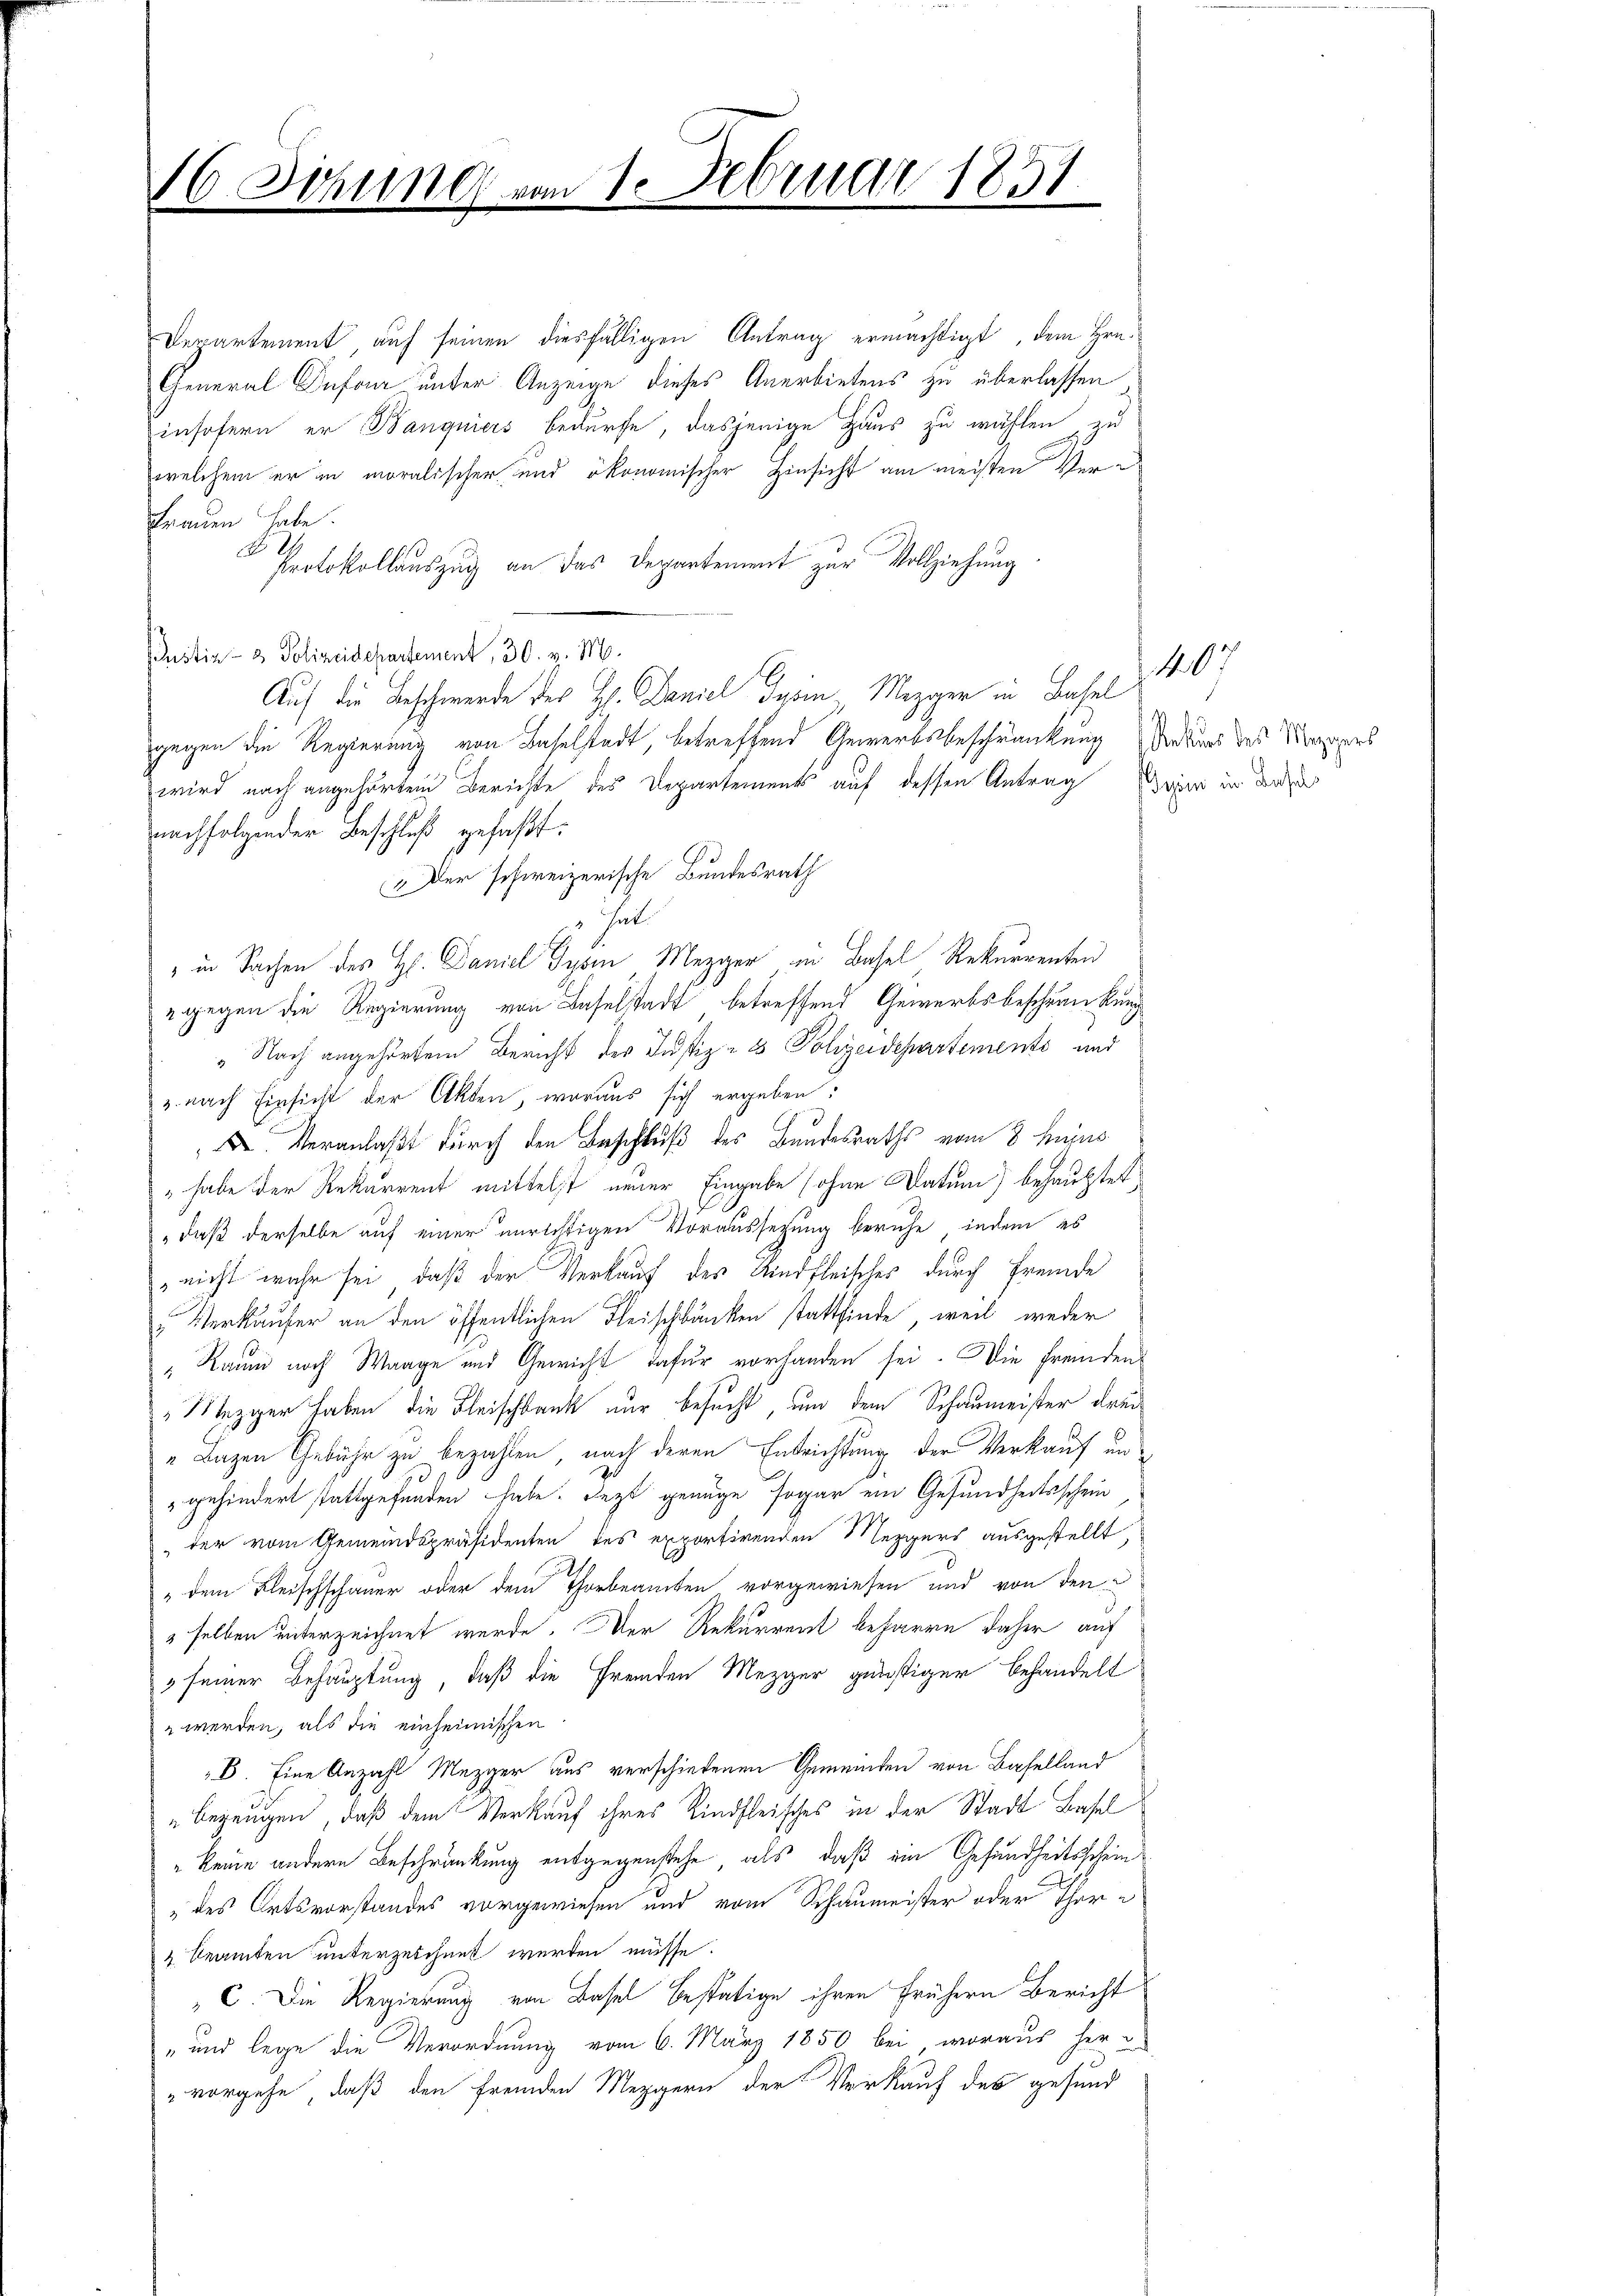
16. Sizung

Derartement, auf seinen diesfälligen Antrag ermächtigt, dem Hrn.
General Defon unter Anzeige dieses Anerbietens zu überlassen
insofern er Banquiers bedürfe, dasjenige Haus zu wählen zu
welchem er in moralischer und ökonomischer Hinsicht am meisten Ver¬
Frauen habe.

Protokollauszug an das Departement zur Vollziehung
Justiz- & Polizeidepartement, 30. v. M.
Auf die Beschwerde des H. Daniel des in Mezger in Basel
gegen die Regierung von Baselstadt, betreffend Gewerbsbeschränkung erkung des Mappers
wird nach angehörtem Berichte des Departements auf dessen Antrag daher in des
nachfolgender Beschluß gefaßt:
„ Der schweizerische Bundesrath
" hat.
" in Sachen des H. Daniel Gyöm Mezger in Basel Rekurrenten
" gegen die Regierung von Baselstadt betreffend Gewerbsbeschränkung
" Nach angehörten Bericht der Justiz- & Polizeidepartementi und
z. nach Einsicht der Akten, woraus sich ergeben:
 Veranlaßt durch den Beschluß des Bundesraths vom 8. hujus
" habe der Rekurrent mittelst neuer Eingabe sohne Datum) behauptet
„daß derselbe auf einer unrichtigen Voraussetzung beruhe, indem es
nicht wahr sei, daß der Verkauf des Rindfleisches durch Fremde
Verkäufer an den öffentlichen Fleischbänken stattfinde, weil weder
" Raum noch Waage und Gewicht dafür vorhanden sei. Die fremden
" Mezger haben die Fleischbank nur besucht, um dem Schaumeister drei¬
"Lazen Gebühr zu bezahlen, nach deren Entrichtung der Verkauf und
" gehindert stattgefunden habe. Jezt genüge sogar ein Gesundheitsschein
der vom Gemeindspräsidenten des exportirenden Mezgers ausgestellt,
" dem Fleischschauer oder dem Thorbeamten vorgewiesen und von den
selben unterzeichnet werde. Der Rekurrent beharre daher auf
3 seiner Behauptung, daß die Fremden Mezger günstiger behandelt
 werden, als die einheimischen
B. Eine Anzahl Mezger aus verschiedenen Gemeinden von Baselland
bezeugen, daß dem Verkauf ihres Rindfleisches in der Stadt Basel
 keine andere Beschränkung entgegenstehe, als daß ein Gesundheitsschein
„des Ortsvorstandes vorgewiesen und vom Schaumeister oder There
4 Beamten unterzeichnet werden müsse.
C. Die Regierung von Basel bestätige ihren frühern Bericht
" und lege die Verordnung vom 6. März 1850 bei, woraus her
vorgehe, daß den fremden Mezgern der Verkauf des gesund

1. Februar 1851.

107